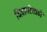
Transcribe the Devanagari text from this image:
दिवाळीसाठी